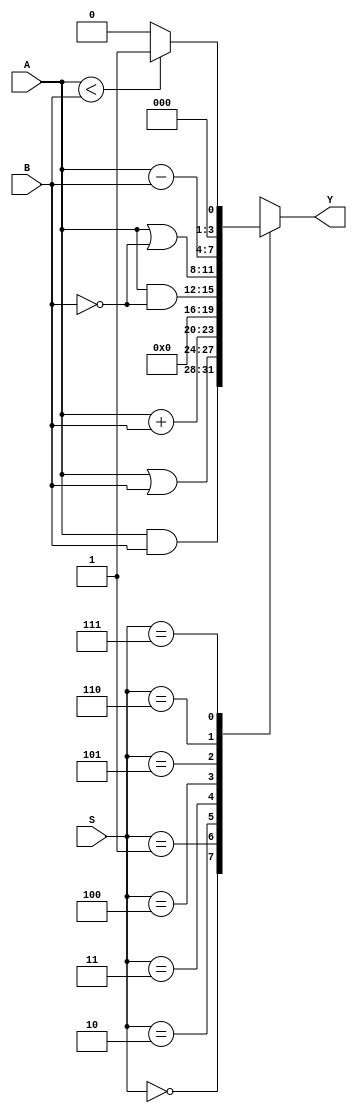
//Jonathan Pu c.19249
//implementacion de ALU

module ALU(
    input wire [3:0]A, //entrada A
    input wire [3:0]B, //entrada b
    input wire [2:0]S, //selector
    output reg [3:0]Y //salida de ALU
                    );

    always@(A, B, S) //verificar cambios en A, B o S
        begin
            case(S)
                3'b000: Y = A & B; //A AND B
                3'b001: Y = A | B; //A OR B
                3'b010: Y = A + B; //A + B
                3'b011: Y = 4'b0000; //not used
                3'b100: Y = A & ~B;//A AND B'
                3'b101: Y = A | ~B;//A OR B'
                3'b110: Y = A - B;//A - B
                3'b111: Y = (A < B) ? 1:0;//SLT
                default: Y = 4'b0000; //todo seteado en 0
            endcase
        end
endmodule